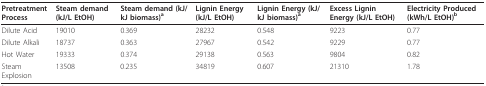
<table><thead><tr><td><b>Pretreatment Process</b></td><td><b>Steam demand (kJ/L EtOH)</b></td><td><b>Steam demand (kJ/kJ biomass)<sup>a</sup></b></td><td><b>Lignin Energy (kJ/L EtOH)</b></td><td><b>Lignin Energy (kJ/kJ biomass)<sup>a</sup></b></td><td><b>Excess Lignin Energy (kJ/L EtOH)</b></td><td><b>Electricity Produced (kWh/L EtOH)<sup>b</sup></b></td></tr></thead><tbody><tr><td>Dilute Acid</td><td>19010</td><td>0.369</td><td>28232</td><td>0.548</td><td>9223</td><td>0.77</td></tr><tr><td>Dilute Alkali</td><td>18737</td><td>0.363</td><td>27967</td><td>0.542</td><td>9229</td><td>0.77</td></tr><tr><td>Hot Water</td><td>19333</td><td>0.374</td><td>29138</td><td>0.563</td><td>9804</td><td>0.82</td></tr><tr><td>Steam Explosion</td><td>13508</td><td>0.235</td><td>34819</td><td>0.607</td><td>21310</td><td>1.78</td></tr></tbody></table>